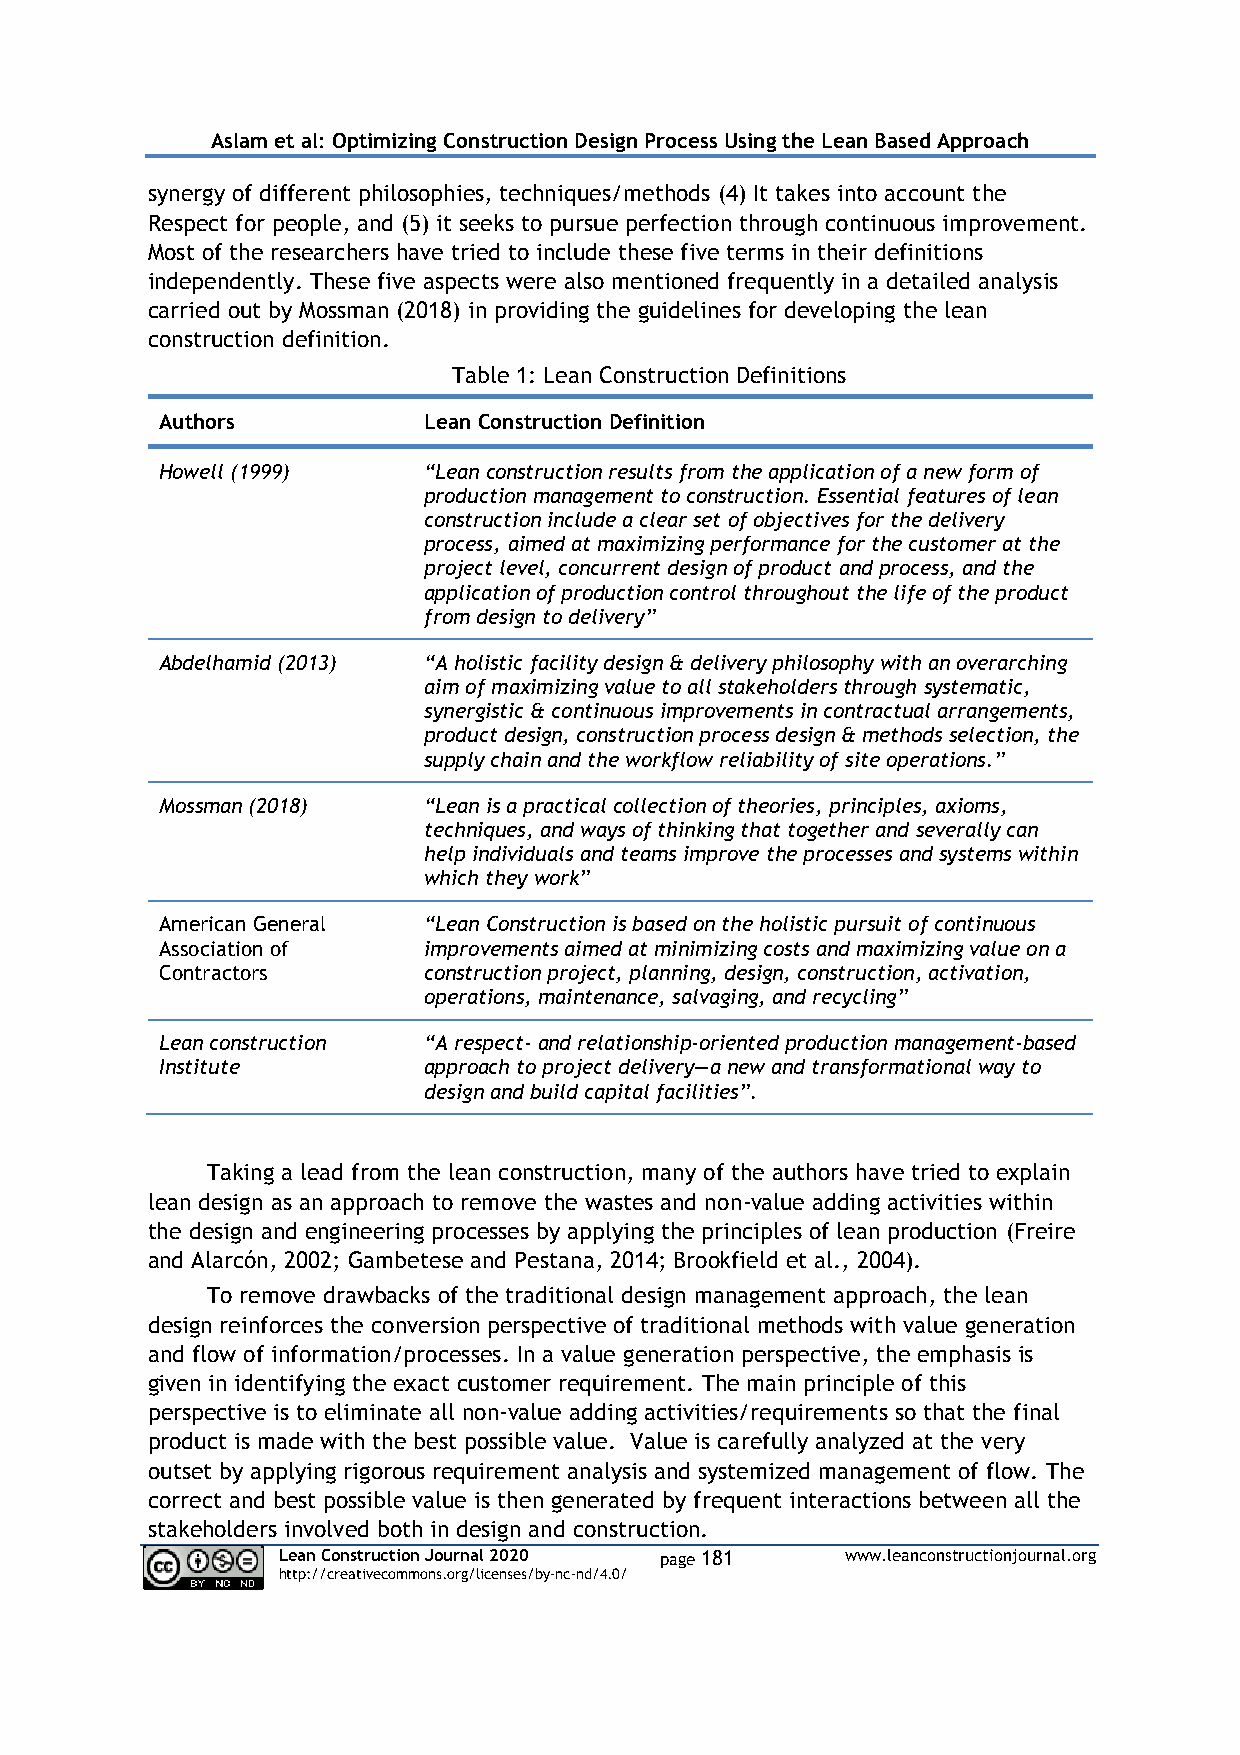
Aslam et al: Optimizing Construction Design Process Using the Lean Based Approach
 synergy of different philosophies, techniques/methods (4) It takes into account the
 Respect for people, and (5) it seeks to pursue perfection through continuous improvement.
 Most of the researchers have tried to include these five terms in their definitions
 independently. These five aspects were also mentioned frequently in a detailed analysis
 carried out by Mossman (2018) in providing the guidelines for developing the lean
 construction definition.
 Table 1: Lean Construction Definitions
 Authors          Lean Construction Definition
 Howell (1999)    “Lean construction results from the application of a new form of
 production management to construction. Essential features of lean
 construction include a clear set of objectives for the delivery
 process, aimed at maximizing performance for the customer at the
 project level, concurrent design of product and process, and the
 application of production control throughout the life of the product
 from design to delivery”
 Abdelhamid (2013) “A holistic facility design & delivery philosophy with an overarching
 aim of maximizing value to all stakeholders through systematic,
 synergistic & continuous improvements in contractual arrangements,
 product design, construction process design & methods selection, the
 supply chain and the workflow reliability of site operations.”
 Mossman (2018)   “Lean is a practical collection of theories, principles, axioms,
 techniques, and ways of thinking that together and severally can
 help individuals and teams improve the processes and systems within
 which they work”
 American General “Lean Construction is based on the holistic pursuit of continuous
 Association of   improvements aimed at minimizing costs and maximizing value on a
 Contractors      construction project, planning, design, construction, activation,
 operations, maintenance, salvaging, and recycling”
 Lean construction “A respect- and relationship-oriented production management-based
 Institute        approach to project delivery—a new and transformational way to
 design and build capital facilities”.
 Taking a lead from the lean construction, many of the authors have tried to explain
 lean design as an approach to remove the wastes and non-value adding activities within
 the design and engineering processes by applying the principles of lean production (Freire
 and Alarcón, 2002; Gambetese and Pestana, 2014; Brookfield et al., 2004).
 To remove drawbacks of the traditional design management approach, the lean
 design reinforces the conversion perspective of traditional methods with value generation
 and flow of information/processes. In a value generation perspective, the emphasis is
 given in identifying the exact customer requirement. The main principle of this
 perspective is to eliminate all non-value adding activities/requirements so that the final
 product is made with the best possible value. Value is carefully analyzed at the very
 outset by applying rigorous requirement analysis and systemized management of flow. The
 correct and best possible value is then generated by frequent interactions between all the
 stakeholders involved both in design and construction.
 Lean Construction Journal 2020 page 181 www.leanconstructionjournal.org
 http://creativecommons.org/licenses/by-nc-nd/4.0/